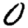
Digit: 0